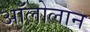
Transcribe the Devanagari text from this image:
अॉलोलान